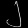
Digit: ၂